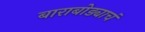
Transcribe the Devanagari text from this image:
बाराबोड्याचं